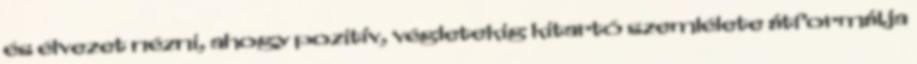
és élvezet nézni, ahogy pozitív, végletekig kitartó szemlélete átformálja